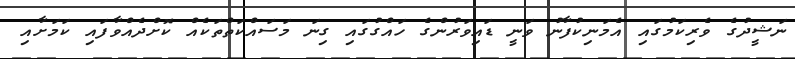
ނަޝީދުގެ ވެރިކަމުގައި އެމަނިކުފާނު ވަނީ ޑައިވަރުންގެ ހައްގުގައި ގިނަ މަސައްކަތްތަކެއް ކޮށްދެއްވާފައި ކަމަށާއި